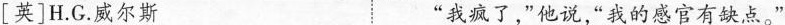
「英]H.G。威尔斯 ”我疯了，”他说，”我的感官有缺点。”